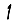
Digit: 1